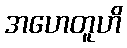
အဟေတူဟိ